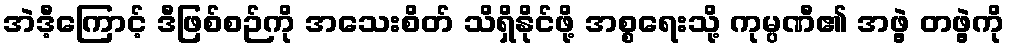
အဲဒီ့ကြောင့် ဒီဖြစ်စဉ်ကို အသေးစိတ် သိရှိနိုင်ဖို့ အစ္စရေးသို့ ကုမ္ပဏီ၏ အဖွဲ့ တဖွဲ့ကို